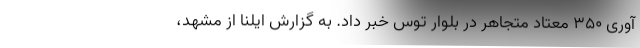
آوری ۳۵۰ معتاد متجاهر در بلوار توس خبر داد. به گزارش ایلنا از مشهد،